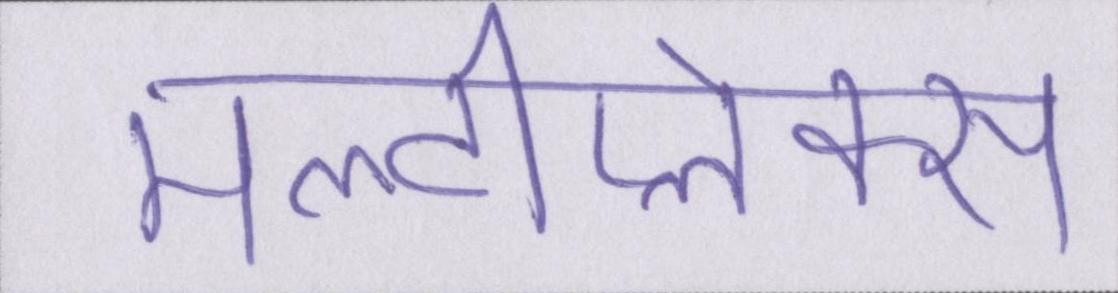
मल्टीप्लेक्स